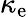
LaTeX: \kappa_{\mathrm{e}}